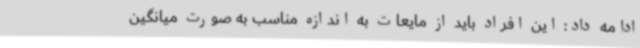
ادامه داد: این افراد باید از مایعات به اندازه مناسب به صورت میانگین